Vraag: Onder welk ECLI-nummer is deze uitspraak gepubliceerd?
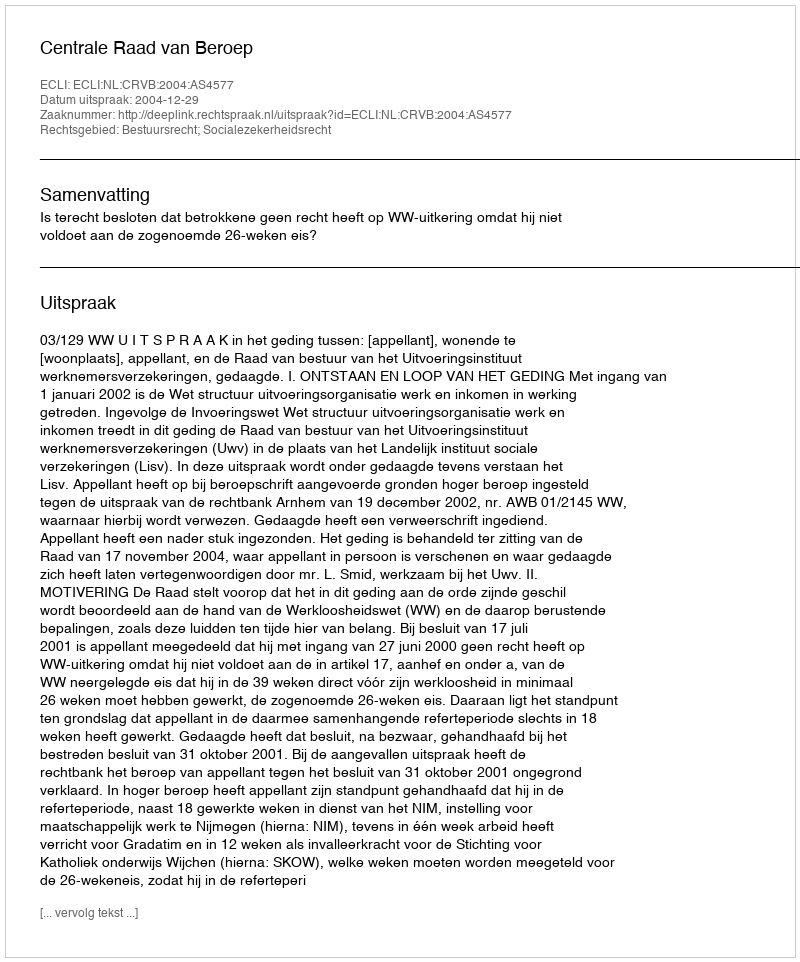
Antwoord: ECLI:NL:CRVB:2004:AS4577